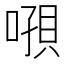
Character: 𰈝